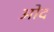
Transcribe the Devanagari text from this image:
ओद